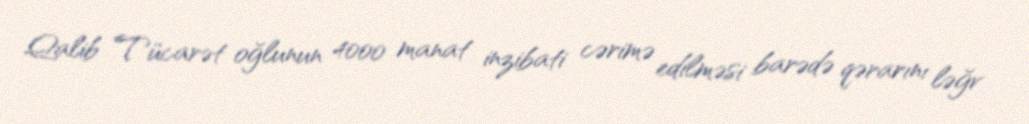
Qalib Tücarət oğlunun 4000 manat inzibati cərimə edilməsi barədə qərarını ləğv